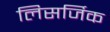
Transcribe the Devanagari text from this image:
लिसर्जिक